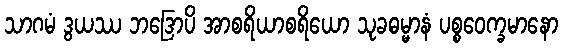
သာဂမံ ဒွယဿ ဘဒြောပိ အာစရိယာစရိယော သုခဓမ္မာနံ ပစ္စဝေက္ခမာနော